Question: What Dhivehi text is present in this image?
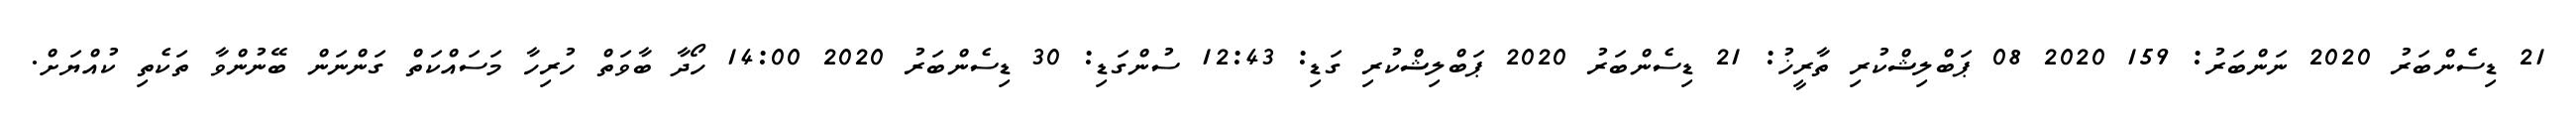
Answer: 21 ޑިސެންބަރު 2020 ނަންބަރު: 159 2020 08 ޕަބްލިޝްކުރި ތާރީޚު: 21 ޑިސެންބަރު 2020 ޕަބްލިޝްކުރި ގަޑި: 12:43 ސުންގަޑި: 30 ޑިސެންބަރު 2020 14:00 ހޯދާ ބާވަތް ހުރިހާ މަސައްކަތް ގަންނަން ބޭނުންވާ ތަކެތި ކުއްޔަށް.